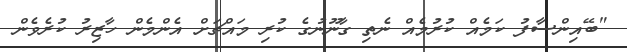
"ބޭއިންސާފު ކަމެއް ކުރުމެއް ނެތި ގާނޫނުގެ ކުރި މައްޗަށް އެންމެން ހާޒިރު ކުރެވެން